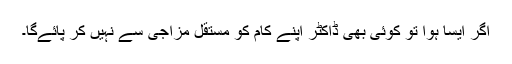
اَگر ایسا ہوا تو کوئی بھی ڈاکٹر اپنے کام کو مستقل مزاجی سے نہیں کر پائے‌گا۔